Civil Veterinary Department. United Provinces 1932-42 - 1932-1942
Year: 1932
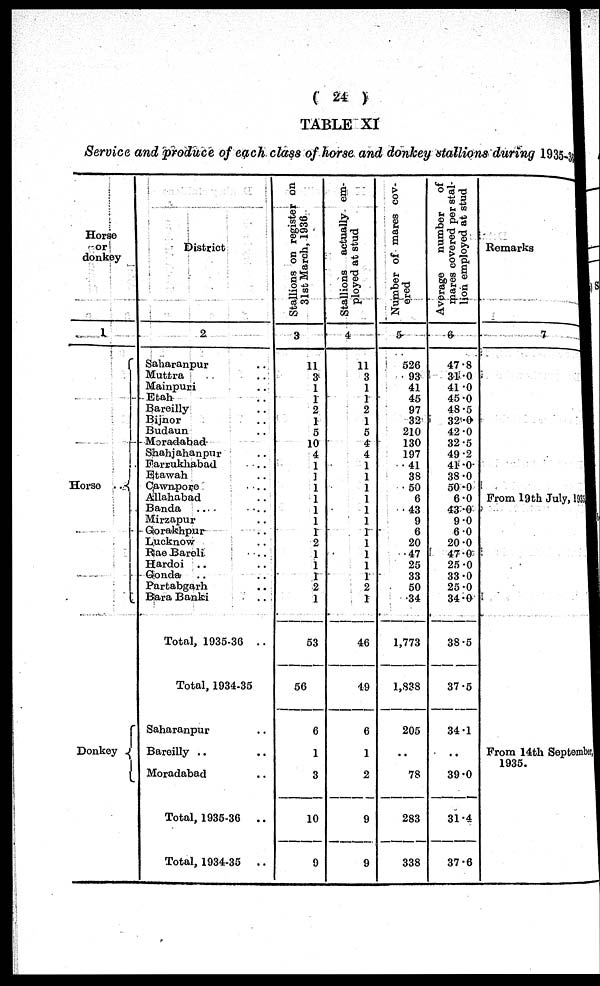
(24)
TABLE XI
Service and produce of each class of horse and donkey stallions during 1935-3
Horse
or
donkey
1
Horso ..
Donkey
District
2
Saharanpur ..
Muttra ..
Mainpuri ..
Etah ..
Bareilly ..
Bijnor ..
Budaun ..
Moradabad
Shahjahanpur ..
Farrukhabad ..
Etawah ..
Cawnporo ..
Allahabad ..
Banda .. ..
Mirzapur .. ..
Gorakhpur ..
Lucknow ..
Rae Baroli ..
Hardoi .. ..
Gonda .. ..
Partabgarh ..
Bara Banki ..
Total, 1935-36 ..
Total, 1934-35
Saharanpur ..
Baroilly .. ..
Moradabad ..
Total, 1935-36 ..
Total, 1934-35
..
Stallions on register on
31st March, 1930
3
11
3
1
1
2
1
5
10
4
1
1
1
1
1
1
1
2
1
1
1
2
1
53
56
6
1
3
10
9
Stallions actually em-
ployed at stud
4
11
3
1
1
2
1
5
4
4
1
1
1
1
1
1
1
1
1
1
1
2
1
46
19
6
1
2
9
9
Number of marcs cov-
ered
5
520
93
41
45
97
32
210
130
197
41
33
50
0
43
9
0
20
47
25
33
50
34
1,773
1,833
205
..
78
283
338
Average
number
of
mares covered per stal-
lion employed at stud
6
47.8
31.0
41. 0
45.0
48.5
32.0
42.0
32.5
49.2
41.0
38.0
50.0
6.0
43.0
9.0
6.0
20.0
47.0
25.0
33.0
25.0
34.0
38.5
37.6
34.1
..
39.0
31.4
37.6
Remarks
7
From 19th July, 191
From 14th September
1935.